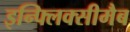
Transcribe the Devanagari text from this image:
इन्फ्लिक्सीमैब